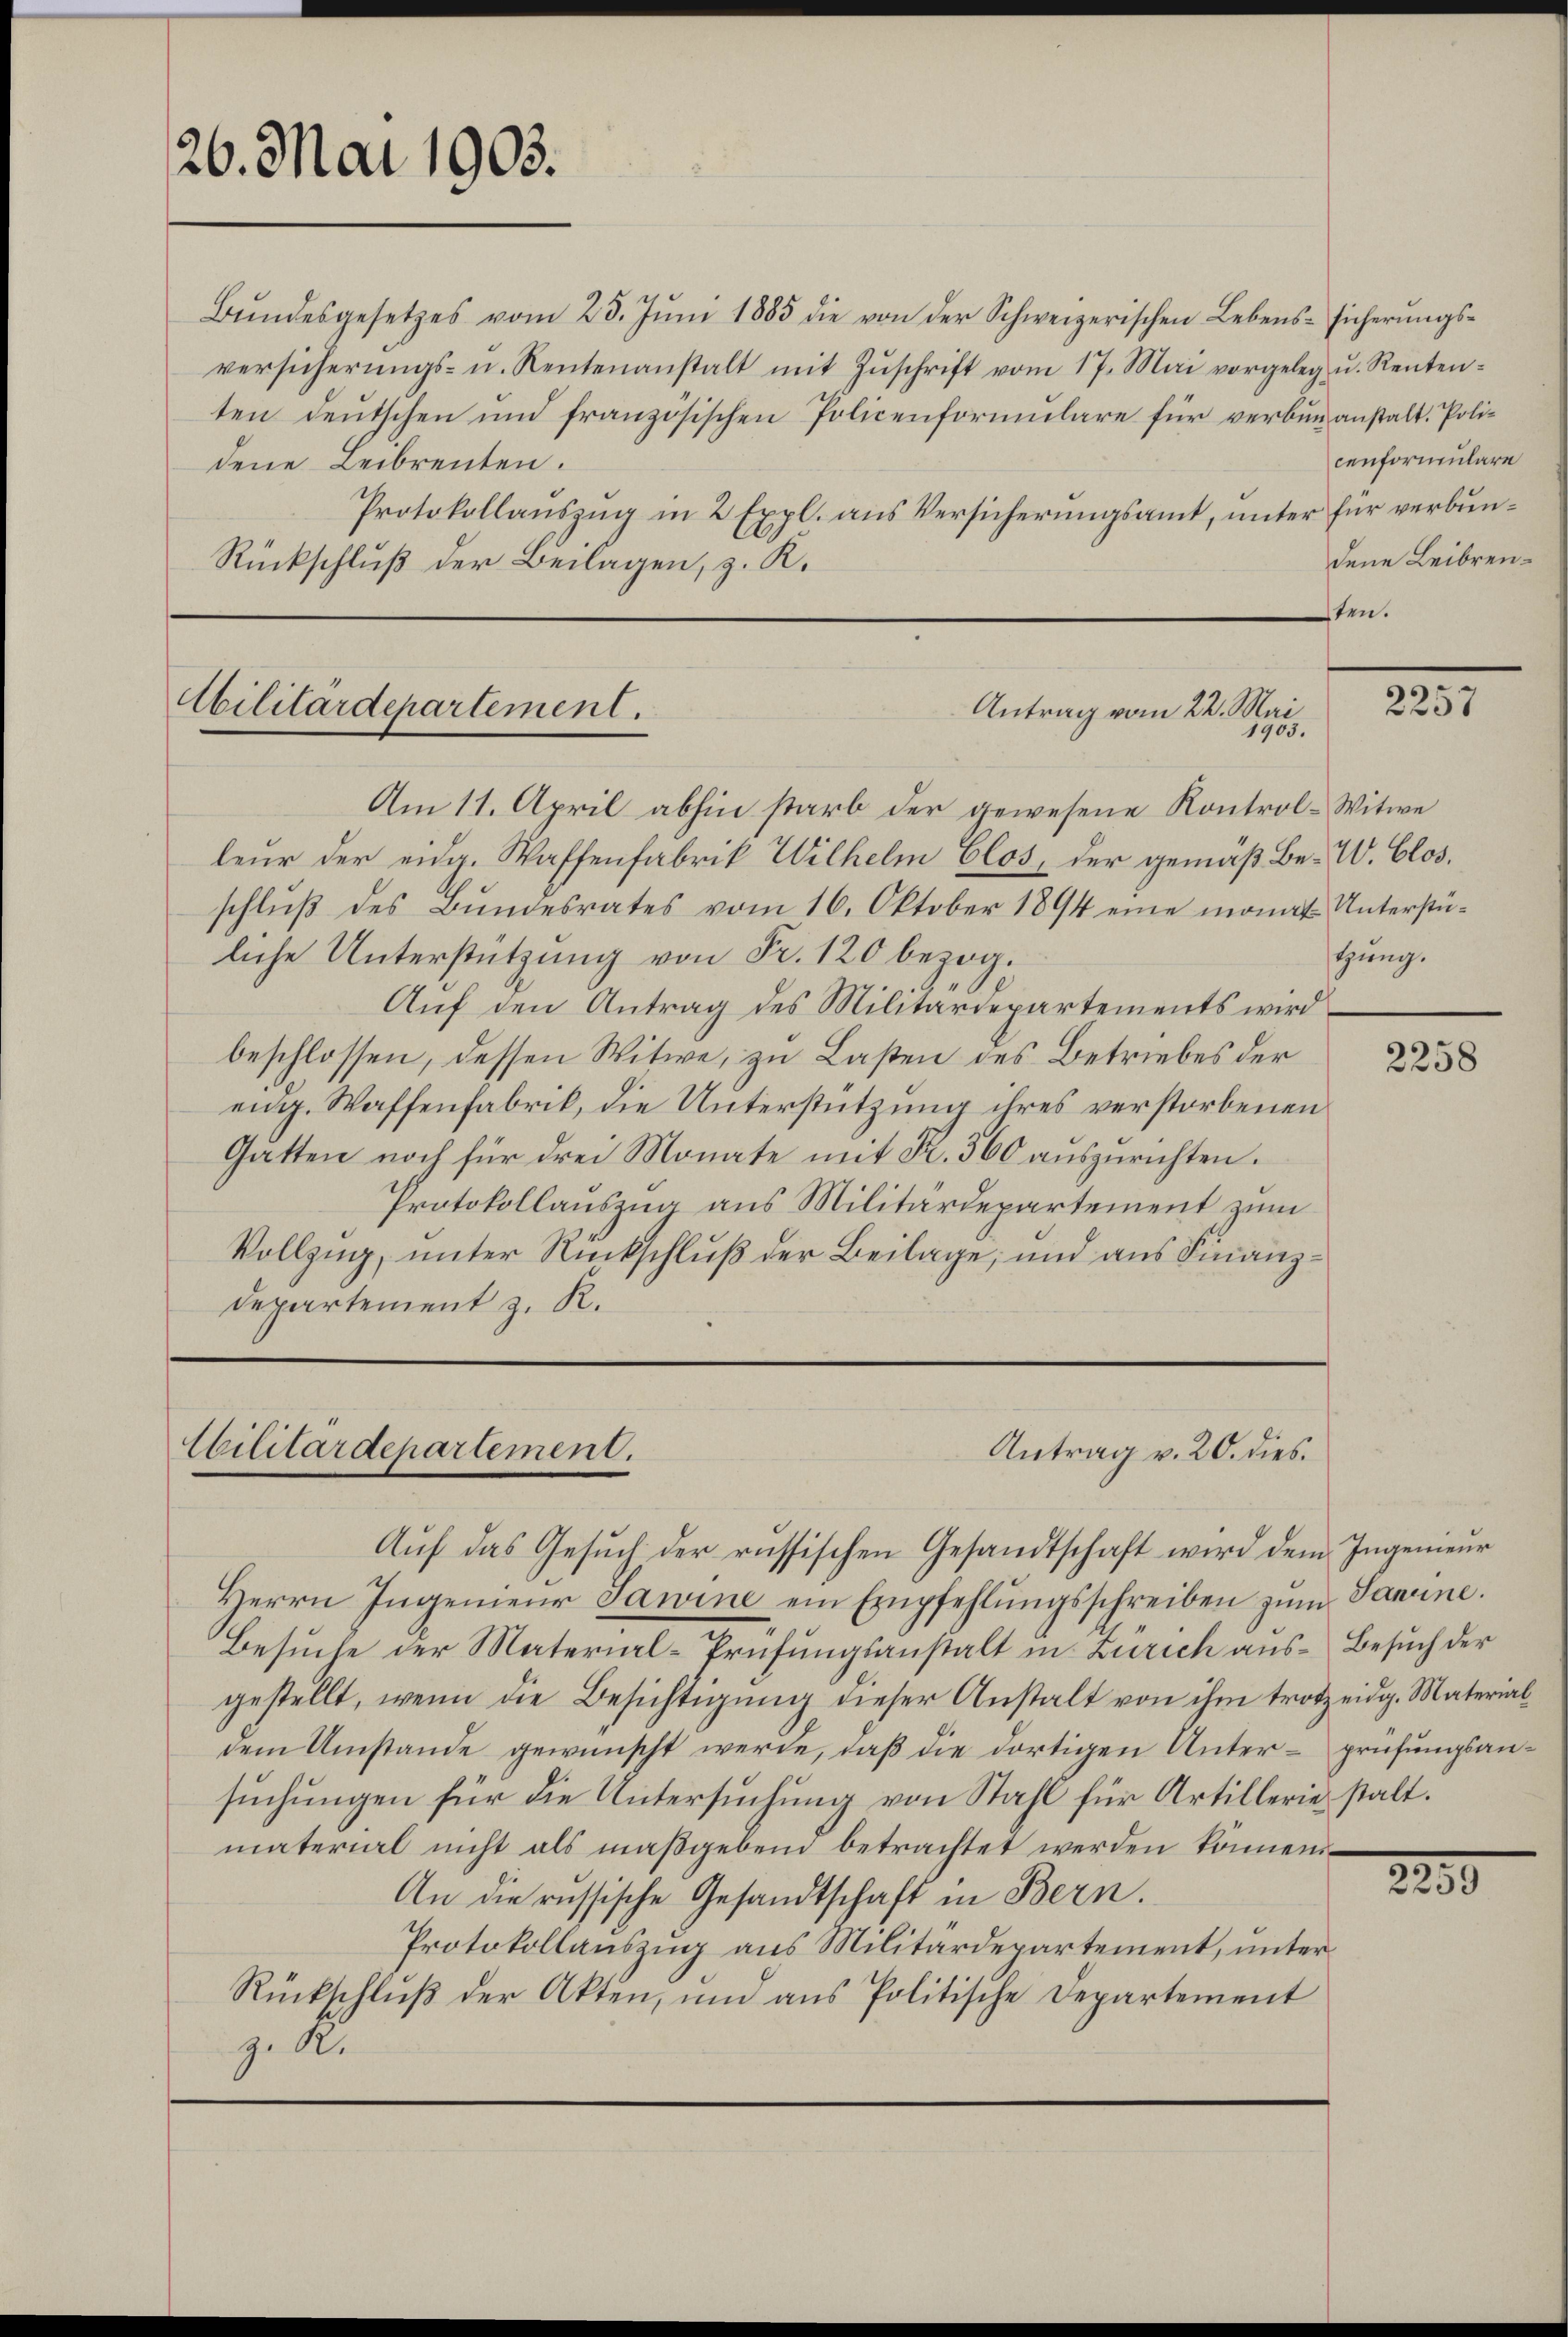
26. Mai 1903.

Bŭndesgesetzes vom 23. Jŭni 1885 die von der Schweizerischen Lebens- sicherŭngs-
versicherŭngs- u. Rentenanstalt mit Zŭschrift vom 17. Mai vorgeleg u. Rententen deutschen und französischen Policenformulare für verbung anstalt. Polidene Leibrenten.
Protokollauszug in 2 Expl. aus Versicherungsamt, unter für verbun¬
Rückschluß der Beilagen, z. R.

Abilitärdepartement.
Antrag vom 22. Mai
1903.

Am 11. April abhin starb der gewesene Kontrol-Witwe
leur der eidg. Waffenfabrik Wilhelm Clos, der gemäß Be-W. Clos.
schlŭβ des Bŭndesrates vom 16. Oktober 1894 eine monat
liche Unterstützung von Fr. 120 bezog.
Auf den Antrag des Militärdepartements wird
beschlossen, dessen Witwe, zu Lasten des Betriebes der
eidg. Waffenfabrik, die Unterstützung ihres verstorbenen
Gatten noch für drei Monate mit R. 360 auszurichten.
Protokollauszug aus Militärdepartement zum
Vollzug, unter Rückschluß der Beilage, und aus Finanz¬
Departement z. R.

Ebilitärdepartement.

Antrag v. 20. dies

Auf das Gesuch der russischen Gesandtschaft wird dem Ingenieur
Herrn Ingenieŭr Jawine ein Empfehlŭngsschreiben zŭm Sanine.
Besuche der Material-Prüfungsanstalt in Zürich aus Besuch der
gestellt, wenn die Besichtigung dieser Anstalt von ihm trotz eidg. Materialdem Umstände gewünscht werde, daß die dortigen Unter- prüfungsansuchungen für die Untersuchung von Stahl für Artilleriestalt.
material nicht als maßgeben betrachtet werden können.
An die russische Gesandtschaft in Bern.
Protokollauszug aus Militärdepartement, unter
Rückschluß der Akten, und aus Politische Departement
z. R.

cenformulare
dene Leibrensten.

2257

Unterstütung.

2258

2230